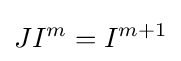
JI^{m}=I^{m+1}